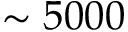
\sim 5 0 0 0